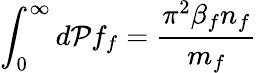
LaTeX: \int_{0}^{\infty}d{\cal P}f_{f}=\frac{\pi^{2}\beta_{f}n_{f}}{m_{f}}